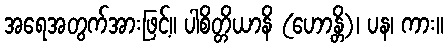
အရေအတွက်အားဖြင့်။ ပါစိတ္တိယာနိ (ဟောန္တိ)၊ ပန၊ ကား။